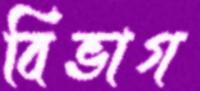
বিভাগ